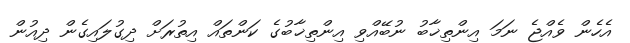
އެހެން ވެއްޖެ ނަމަ އިންތިޚާބު ނުބޭއްވި އިންތިޚާބުގެ ކަންތައް އިތުރަށް ދިގުލައިގެން ދިއުން